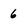
Character: 6